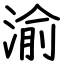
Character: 渝